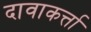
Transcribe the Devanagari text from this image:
दावाकर्त्ता